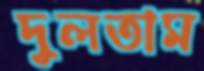
দুলতাম